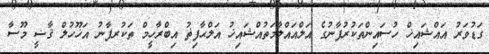
ގަޑުވަރު އައްޝައިޚް ހުސައިންތަކުރުފާނުގެ އަލްއައްލާމަތުއްޝައިޚު އަލްޙާފިޡު އިބްރާހީމް ތަކުރފާނު އަޚޫހުލް ޤާޟީ މޫސާ